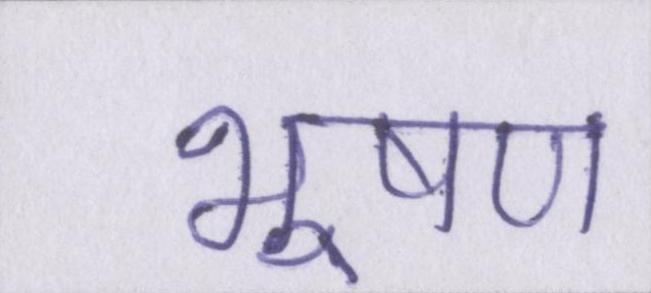
भूषण